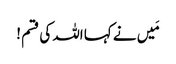
مَیں نے کہا اللہ کی قسم !